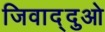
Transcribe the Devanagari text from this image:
जिवाद्दुओ